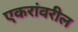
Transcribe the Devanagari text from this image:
एकरांवरील